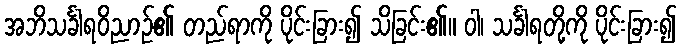
အဘိသင်္ခါရဝိညာဉ်၏ တည်ရာကို ပိုင်းခြား၍ သိခြင်း၏။ ဝါ၊ သင်္ခါရတို့ကို ပိုင်းခြား၍